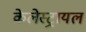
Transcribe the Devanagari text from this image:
केलेस्ट्रायल